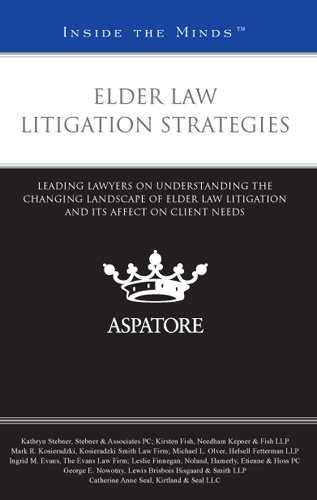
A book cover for Elder Law Litigation Strategies: Leading Lawyers on Understanding the Changing Landscape of Elder Law Litigation and Its Affect on Client Needs (Inside the Minds); Multiple Authors; Law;